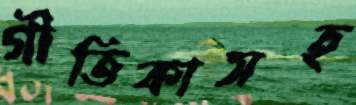
গীতিকাসহ